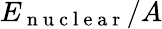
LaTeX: E_{\mathrm{~n~u~c~l~e~a~r~}}/A